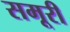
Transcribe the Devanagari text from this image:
समूरी